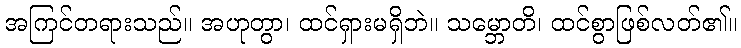
အကြင်တရားသည်။ အဟုတွာ၊ ထင်ရှားမရှိဘဲ။ သမ္ဘောတိ၊ ထင်စွာဖြစ်လတ်၏။